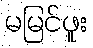
မမြင်ဖူး